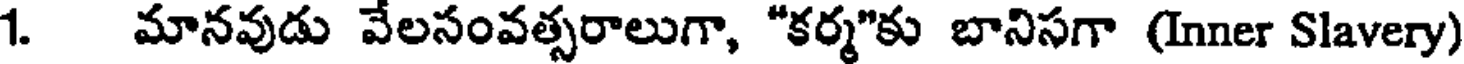
1. మానవుడు వేలసంవత్సరాలుగా, "కర్మ"కు బానిసగా (Inner Slavery)